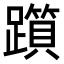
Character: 𨆦